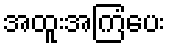
အထူးအကြံပေး